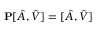
{ \bf P } [ \hat { A } , \hat { V } ] = [ \hat { A } , \hat { V } ]